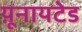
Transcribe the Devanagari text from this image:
य़ूनायटेड